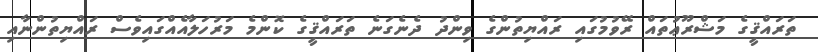
ތަރައްޤީގެ މަޝްރޫޢުތައް ރޭވުމުގައި ރައްޔިތުންގެ ވިންދު ދެނެގަނެ ތަރައްޤީގެ ކޮންމެ މަރުހަލާއެއްގައިވެސް ރައްޔިތުންނާއި